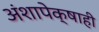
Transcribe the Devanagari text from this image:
अंशापेक्षाही